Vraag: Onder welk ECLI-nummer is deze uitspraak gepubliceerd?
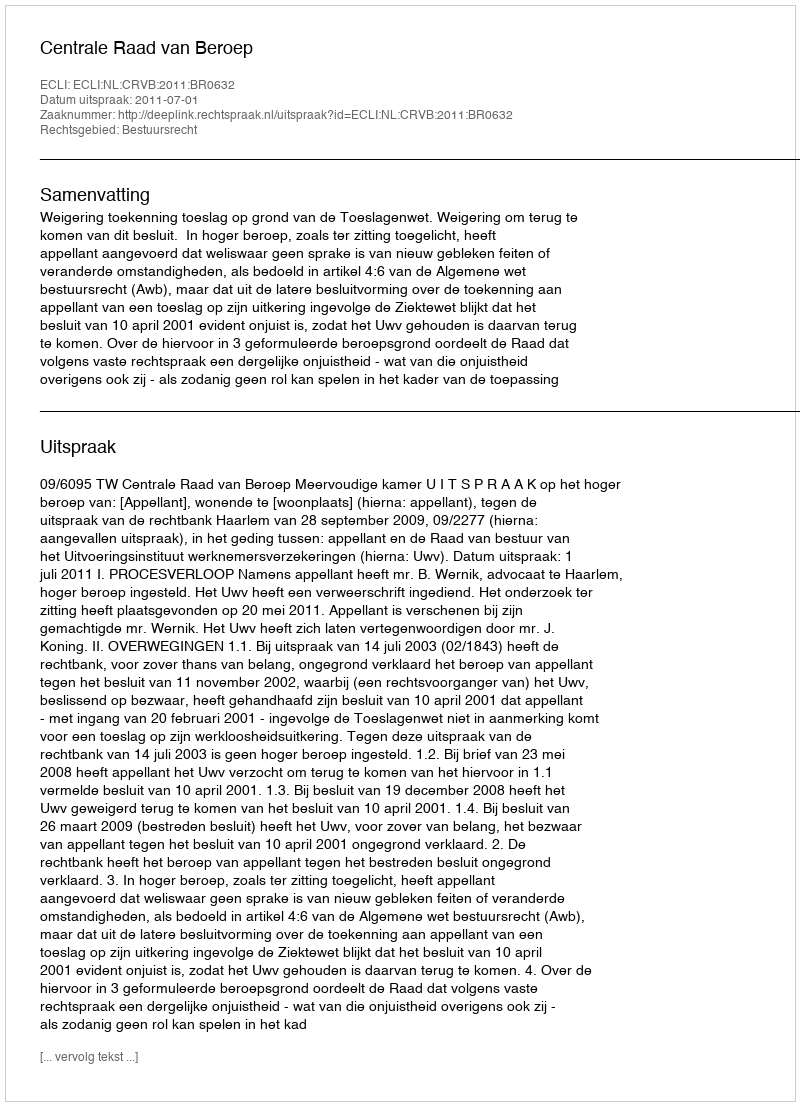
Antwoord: ECLI:NL:CRVB:2011:BR0632